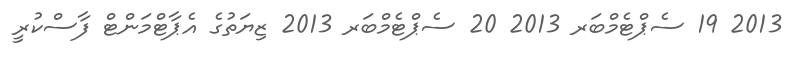
2013 19 ސެޕްޓެމްބަރ 2013 20 ސެޕްޓެމްބަރ 2013 ޒިޔަތުގެ އެޕާޓްމަންޓް ފާސްކުރީ